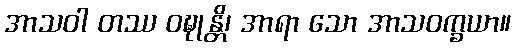
အာသဝါ တဿ ဝဍ္ဎုန္တိ၊ အာရာ သော အာသဝက္ခယာ။